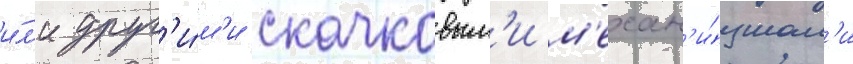
и́л'и друг'и́м'и скачковым'и м'ехан'и́змам'и